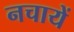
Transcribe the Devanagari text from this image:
नचायें